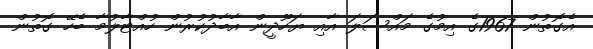
އެގޮތުން 1967ގެ އިމުގެ މައްސަލަ އާއި ޔަހޫދީން އާބާދުކުރުން ހުއްޓާލުމާ ބެހޭ ގޮތުން